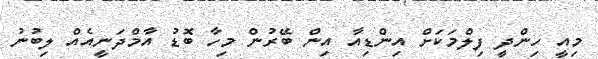
މިއީ ހިންދީ ފިލްމަކަށް އިންޑިއާ އިން ބޭރުން މިހާ ބޮޑު އާމްދަނީއެއް ލިބުނު